Report of an investigation of the epidemic of malarial fever in Assam, or, kala-azar
Disease focus: Malaria
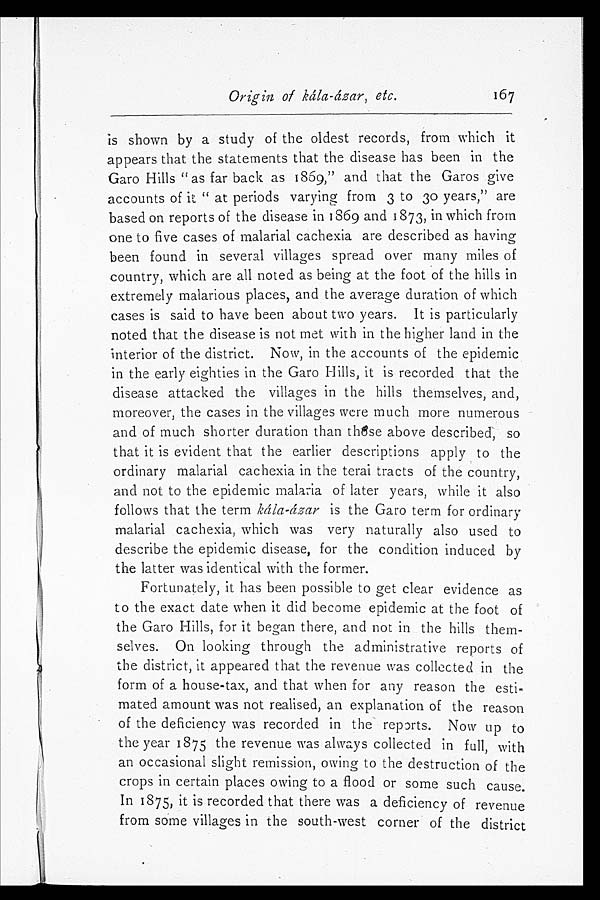
Origin of kála-ázar, etc.
167
is shown by a study of the oldest records, from which it
appears that the statements that the disease has been in the
Garo Hills "as far back as 1869," and that the Garos give
accounts of it "at periods varying from 3 to 30 years," are
based on reports of the disease in 1869 and 1873, in which from
one to five cases of malarial cachexia are described as having
been found in several villages spread over many miles of
country, which are all noted as being at the foot of the hills in
extremely malarious places, and the average duration of which
cases is said to have been about two years. It is particularly
noted that the disease is not met with in the higher land in the
interior of the district. Now, in the accounts of the epidemic
in the early eighties in the Garo Hills, it is recorded that the
disease attacked the villages in the hills themselves, and,
moreover, the cases in the villages were much more numerous
and of much shorter duration than those above described, so
that it is evident that the earlier descriptions apply to the
ordinary malarial cachexia in the terai tracts of the country,
and not to the epidemic malaria of later years, while it also
follows that the term kála-ázar is the Garo term for ordinary
malarial cachexia, which was very naturally also used to
describe the epidemic disease, for the condition induced by
the latter was identical with the former.
Fortunately, it has been possible to get clear evidence as
to the exact date when it did become epidemic at the foot of
the Garo Hills, for it began there, and not in the hills them-
selves. On looking through the administrative reports of
the district, it appeared that the revenue was collected in the
form of a house-tax, and that when for any reason the esti-
mated amount was not realised, an explanation of the reason
of the deficiency was recorded in the reports. Now up to
the year 1875 the revenue was always collected in full, with
an occasional slight remission, owing to the destruction of the
crops in certain places owing to a flood or some such cause.
In 1875, it is recorded that there was a deficiency of revenue
from some villages in the south-west corner of the district